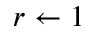
r \gets 1